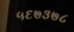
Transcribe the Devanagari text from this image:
५६७३७८